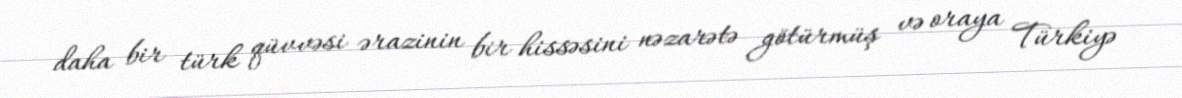
daha bir türk qüvvəsi ərazinin bir hissəsini nəzarətə götürmüş və oraya Türkiyə